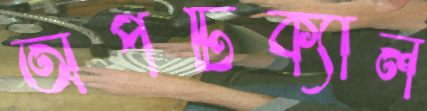
অপটিক্যাল